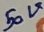
Text: 50V